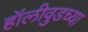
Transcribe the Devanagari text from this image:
हॉलीवुडच्या